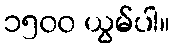
၁၅၀၀ ယွမ်ပါ။